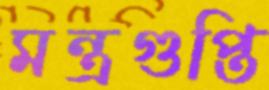
মন্ত্রগুপ্তি